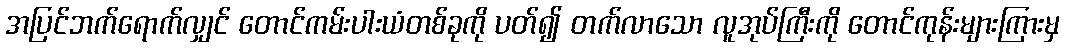
အပြင်ဘက်ရောက်လျှင် တောင်ကမ်းပါးယံတစ်ခုကို ပတ်၍ တက်လာသော လူအုပ်ကြီးကို တောင်ကုန်းများကြားမှ